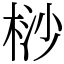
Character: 桫